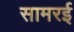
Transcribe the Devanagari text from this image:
सामरई